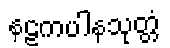
နဠကပါနသုတ္တံ